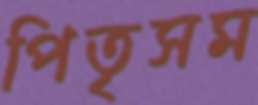
পিতৃসম